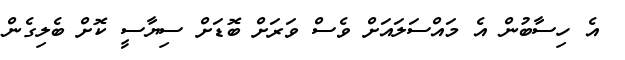
އެ ހިސާބުން އެ މައްސަލައަށް ވެސް ވަރަށް ބޮޑަށް ސިޔާސީ ކޮށް ބެލިގެން